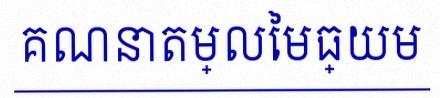
គណនាតម្លៃមធ្យម